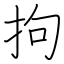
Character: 拘